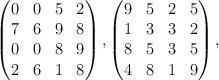
LaTeX: \begin{align*}\begin{pmatrix}0&0&5&2\\7&6&9&8\\0&0&8&9\\2&6&1&8\end{pmatrix}, \begin{pmatrix}9&5&2&5\\1&3&3&2\\8&5&3&5\\4&8&1&9\end{pmatrix},\end{align*}